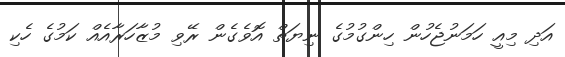
އަދި މިއީ ހަމަނުޖެހުން ހިންގުމުގެ ނިޔަތް އޮވެގެން ރޭވި މުޒާހަރާއެއް ކަމުގެ ހެކި